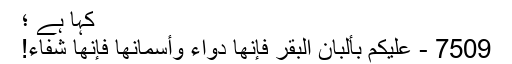
کہا ہے ؛
7509 - عليكم بألبان البقر فإنها دواء وأسمانها فإنها شفاء!